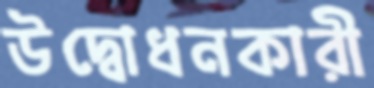
উদ্বোধনকারী